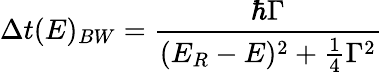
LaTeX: \Delta t(E)_{BW}={\frac{\hbar\Gamma}{(E_{R}-E)^{2}+{\frac{1}{4}}\Gamma^{2}}}